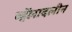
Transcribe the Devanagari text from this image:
व्हॅलादलीन